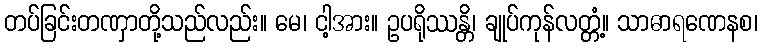
တပ်ခြင်းတဏှာတို့သည်လည်း။ မေ၊ ငါ့အား။ ဥပရိုဿန္တိ၊ ချုပ်ကုန်လတ္တံ့။ သာဓာရဏေနစ၊